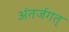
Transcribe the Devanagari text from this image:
अंतर्जगत्‌